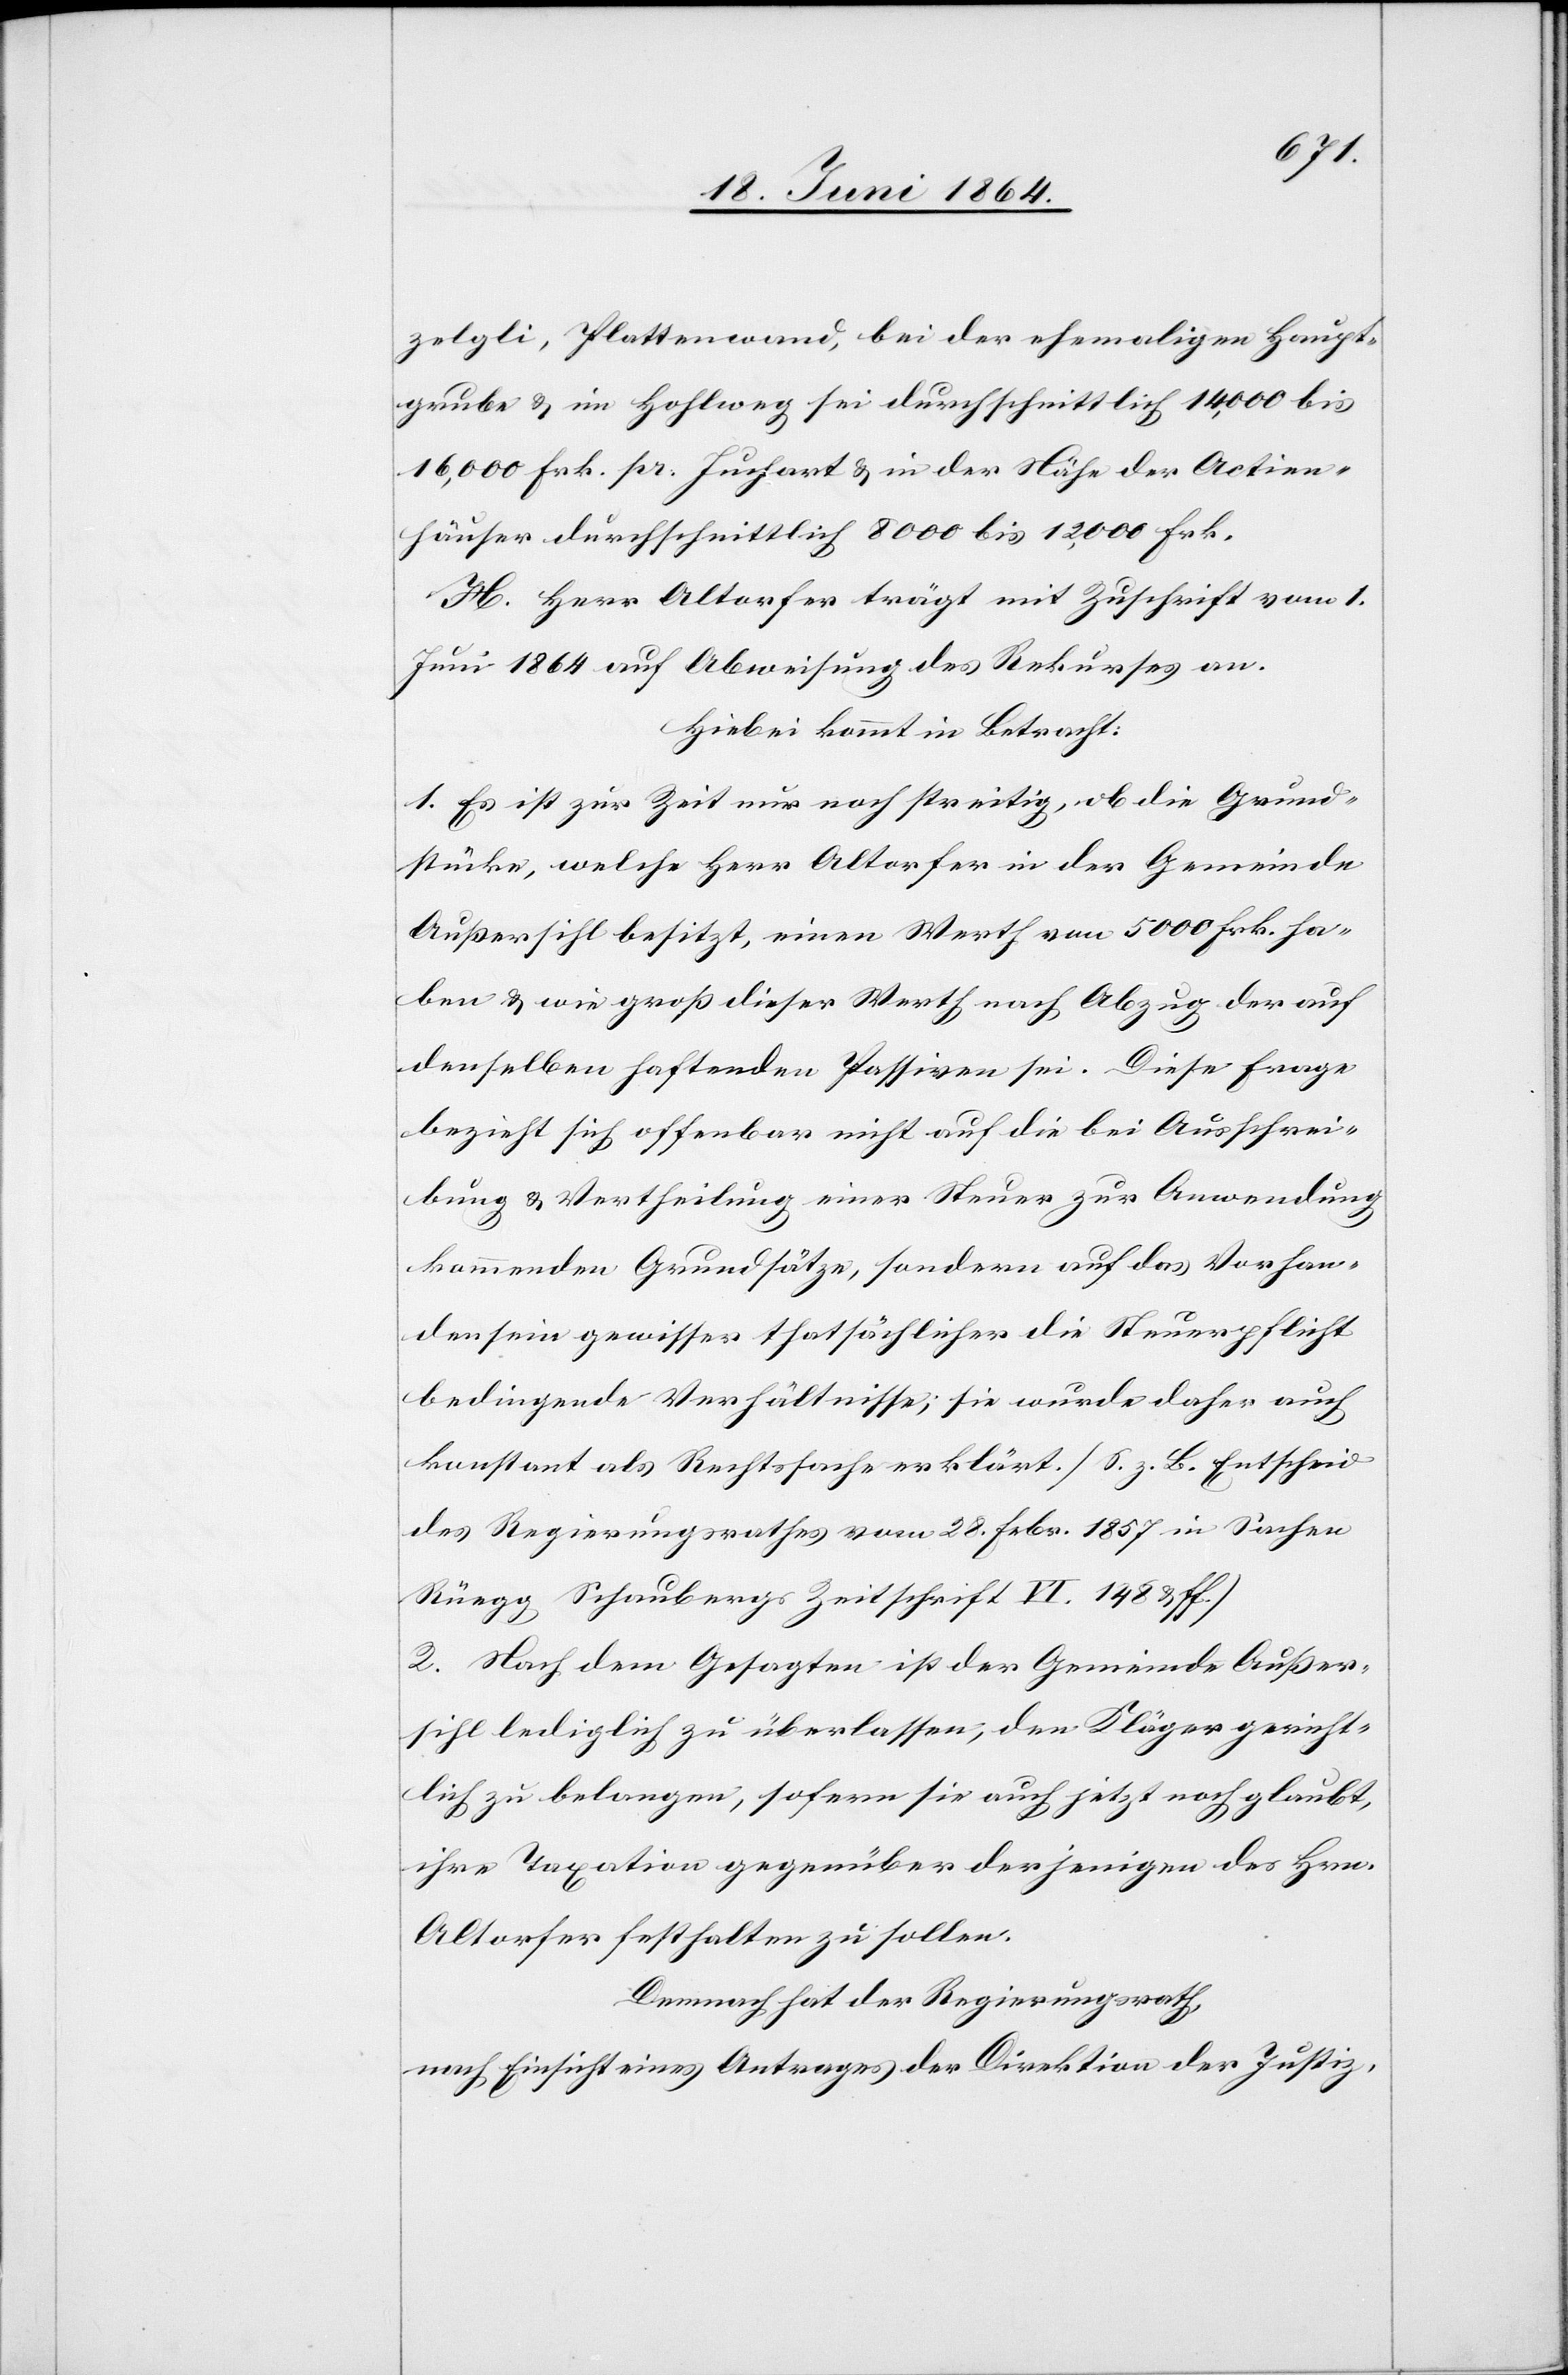
zelgli, Plattenwand, bei der ehemaligen Haupt¬
grube u. im Hohlweg sei durchschnittlich 14,000 bis
16,000 Frk. pr. Juchart u. in der Nähe der Actien¬
häuser durchschnittlich 8000 bis 12,000 Frk.
H. Herr Altorfer trägt mit Zuschrift vom 1.
Juni 1864 auf Abweisung des Rekurses an.
Hiebei kommt in Betracht:
1. Es ist zur Zeit nur noch streitig, ob die Grund¬
stücke, welche Herr Altorfer in der Gemeinde
Außersihl besitzt, einen Werth von 5000 Frk. ha¬
ben u. wie groß dieser Werth nach Bezug der auf
denselben haftenden Passiven sei. Diese Frage
bezieht sich offenbar nicht auf die bei Ausschrei¬
bung u. Vertheilung einer Steuer zur Anwendung
kommenden Grundsätze, sondern auf das Vorhan¬
densein gewisser thatsächlicher die Steuerpflicht
bedingende Verhältnisse; sie wurde daher auch
konstant als Rechtssache erklärt. [S. z. B. Entscheid
des Regierungsrathes vom 28. Febr. 1857 in Sachen
Rüegg Schaubergs Zeitschrift VI. 148 u. ff.]
2. Nach dem Gesagten ist der Gemeinde Außer¬
sihl lediglich zu überlassen, den Kläger gericht¬
lich zu belangen, sofern sie auch jetzt noch glaubt,
ihre Taxation gegenüber derjenigen des Hrn.
Altorfer festhalten zu sollen.
Demnach hat der Regierungsrath,
nach Einsicht eines Antrages der Direktion der Justiz,